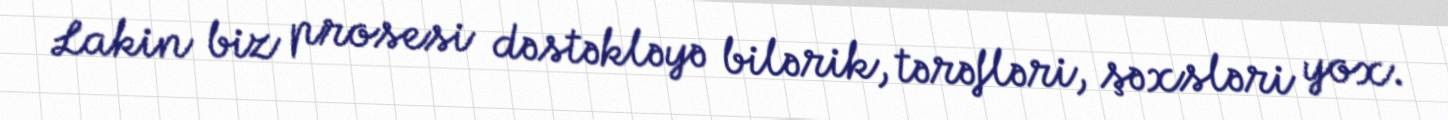
Lakin biz prosesi dəstəkləyə bilərik, tərəfləri, şəxsləri yox.